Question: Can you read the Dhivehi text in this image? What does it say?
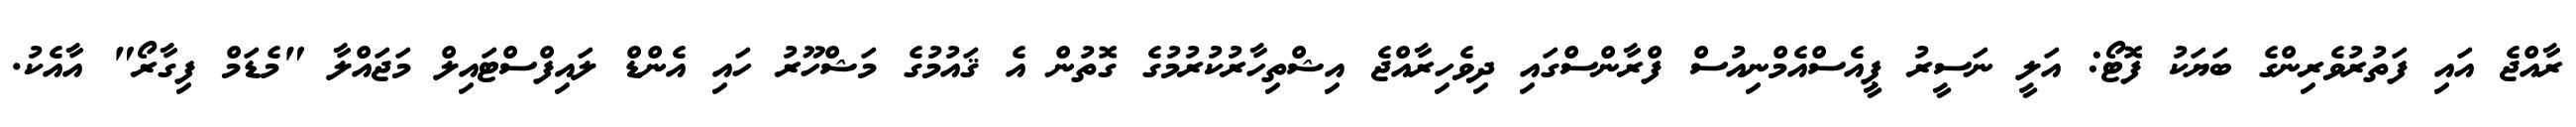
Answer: ރާއްޖެ އައި ފަތުރުވެރިންގެ ބަޔަކު ފޮޓޯ: އަލީ ނަސީރު ޕީއެސްއެމްނިއުސް ފްރާންސްގައި ދިވެހިރާއްޖެ އިޝްތިހާރުކުރުމުގެ ގޮތުން އެ ޤައުމުގެ މަޝްހޫރު ހައި އެންޑް ލައިފްސްޓައިލް މަޖައްލާ "މެޑަމް ފިގާރޯ" އާއެކު.